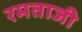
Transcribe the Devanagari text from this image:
रमताजी